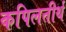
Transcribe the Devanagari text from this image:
कपिलतीर्थ